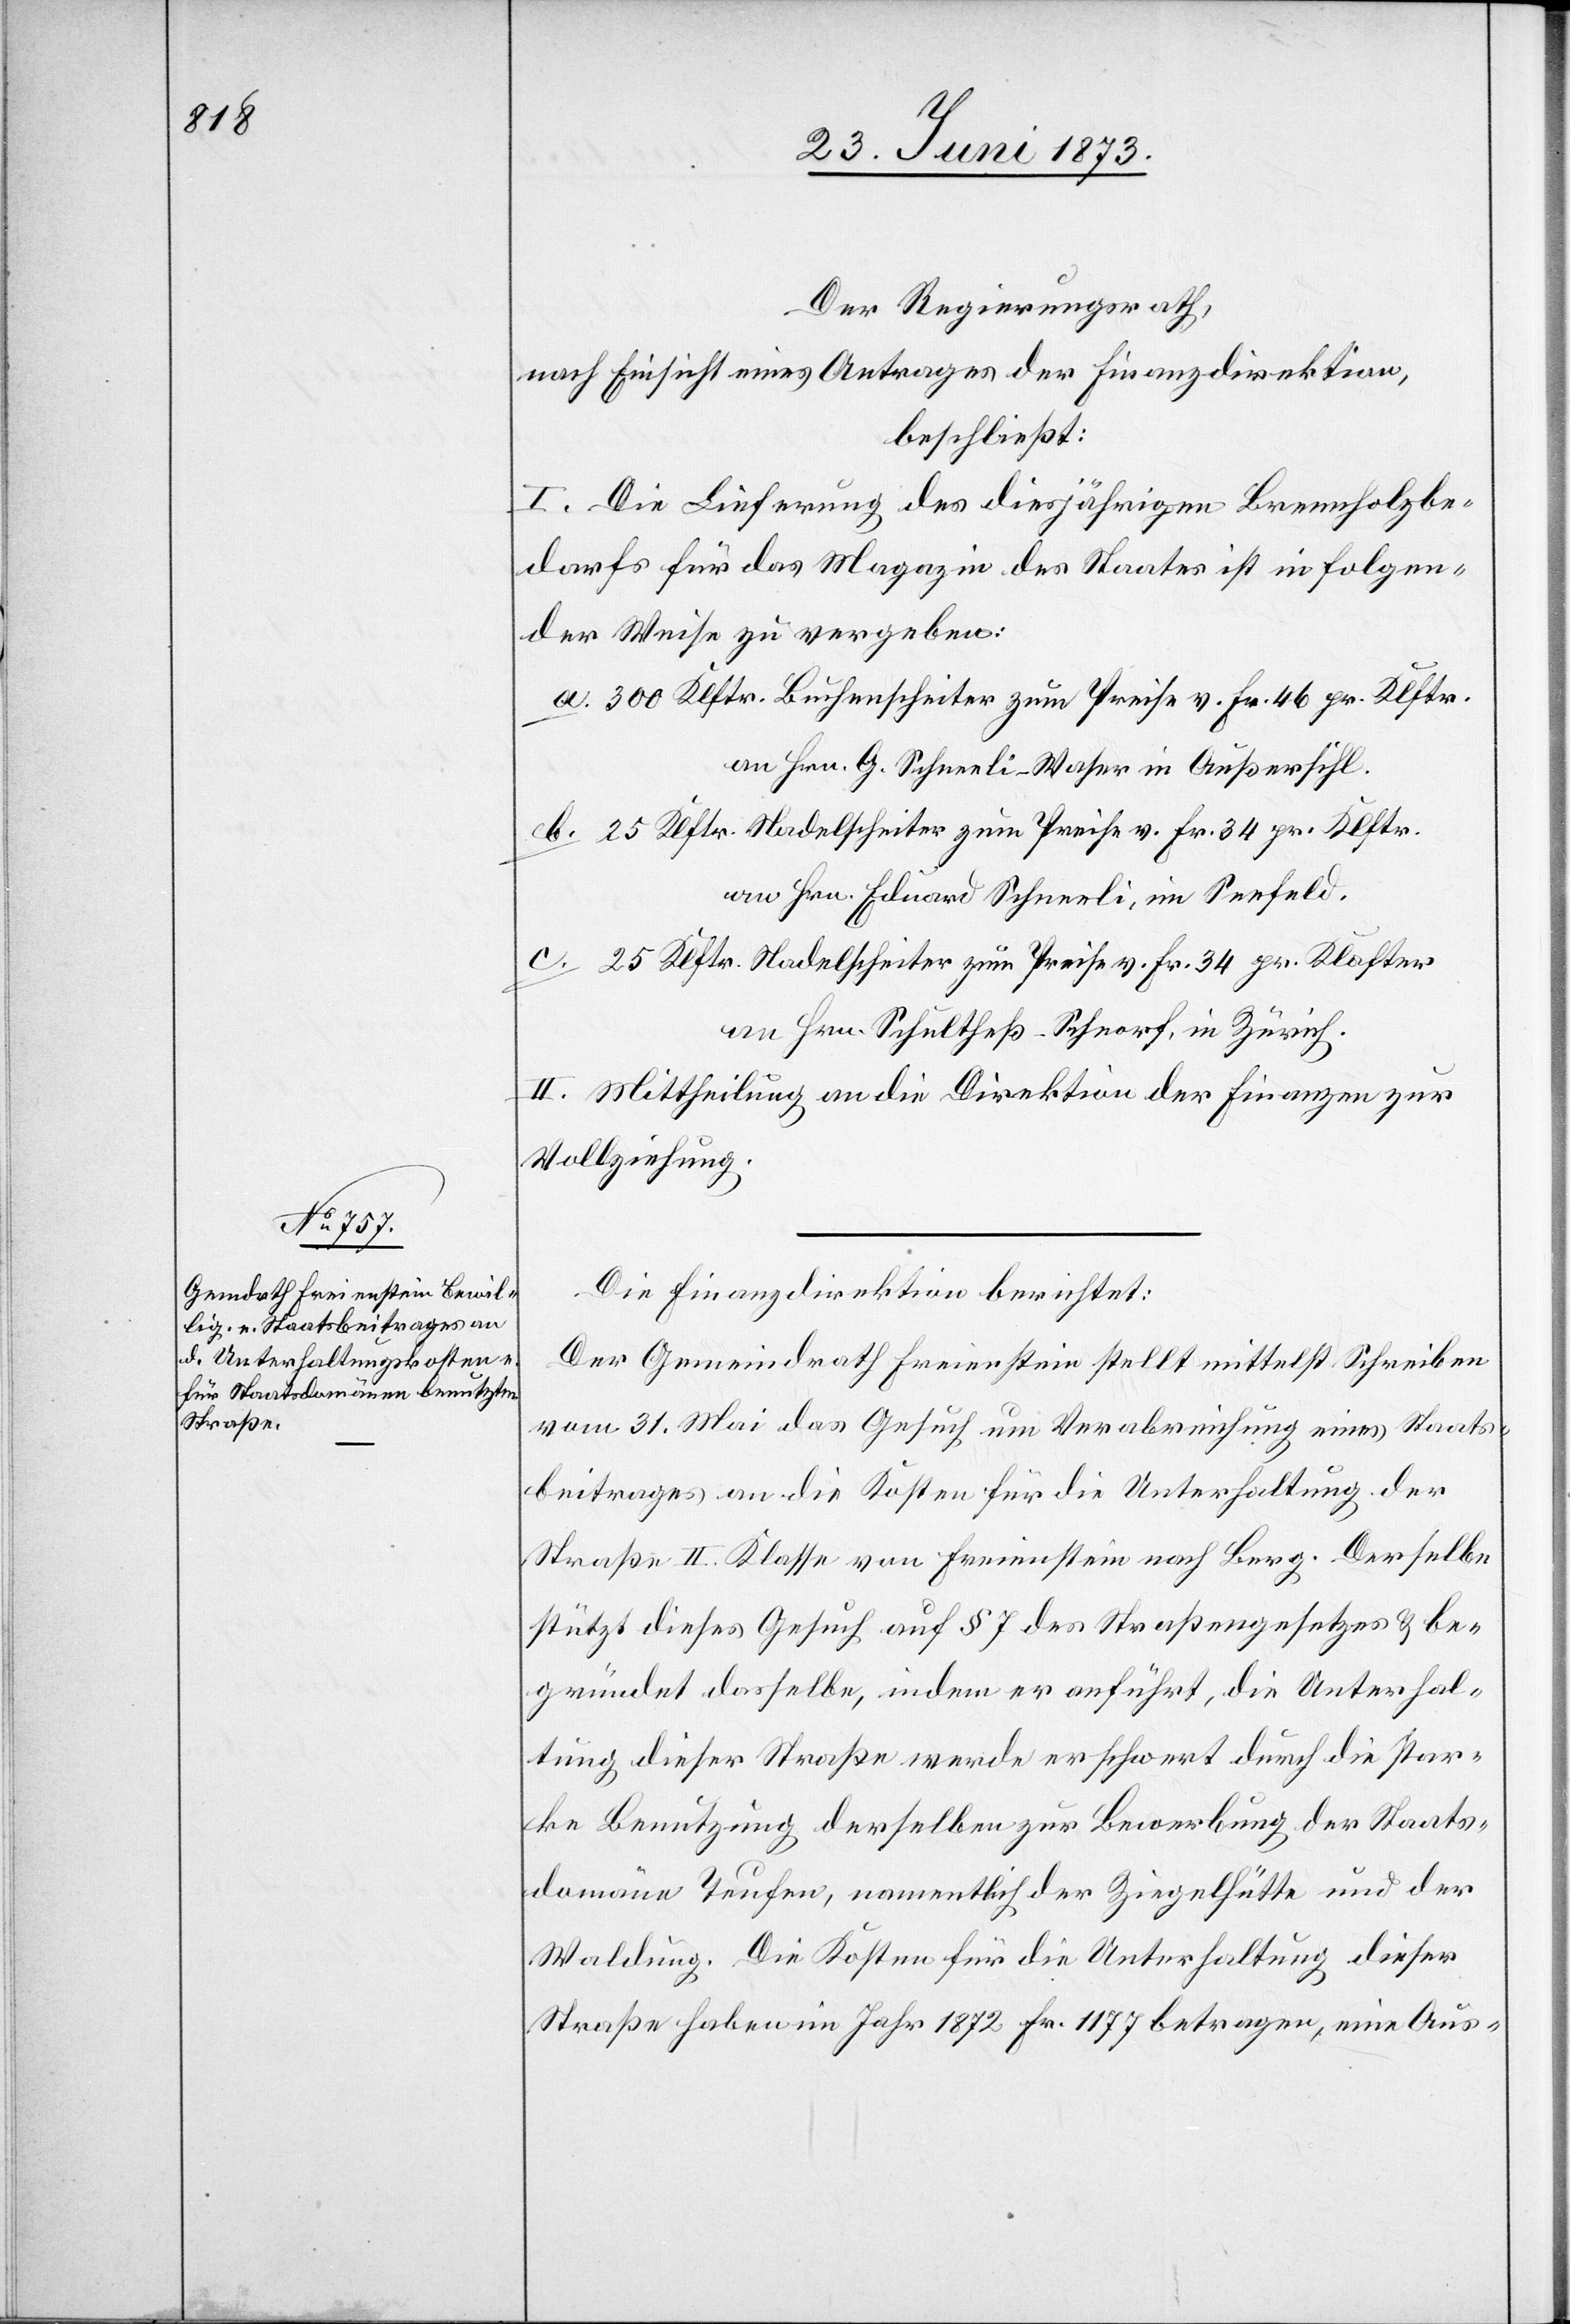
Der Regierungsrath,
nach Einsicht eines Antrages der Finanzdirektion,
beschließt:
I. Die Lieferung des diesjährigen Brennholzbe¬
darfs für das Magazin des Staates ist in folgen¬
der Weise zu vergeben:
a. 300 Klftr. Buchenscheiter zum Preise v. Fr. 46 pr. Klftr.
an Hrn. G Schneeli-Waser in Außersihl.
b. 25 Klftr. Nadelscheiter zum Preise v. Fr. 34 pr. Klftr.
an Hrn. Eduard Schneeli, im Seefeld.
c. 25 Klftr. Nadelscheiter zum Preise v. Fr. 34 pr. Klafter
an Hrn. Schultheß-Schnorf, in Zürich.
II. Mittheilung an die Direktion der Finanzen zur
Vollziehung.
Die Finanzdirektion berichtet:
Der Gemeindrath Freienstein stellt mittelst Schreiben
vom 31. Mai das Gesuch um Verabreichung eines Staats¬
beitrages an die Kosten für die Unterhaltung der
Straße II. Klasse von Freienstein nach Berg. Derselbe
stützt dieses Gesuch auf § 7 des Straßengesetzes & be¬
gründet dasselbe, indem er anführt, die Unterhal¬
tung dieser Straße werde erschwert durch die star¬
ke Benutzung derselben zur Bewerbung der Staats¬
domäne Teufen, namentlich der Ziegelhütte und der
Waldung. Die Kosten für die Unterhaltung dieser
Straße haben im Jahr 1872 Fr. 1177 betragen, eine Aus-